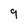
Character: 9